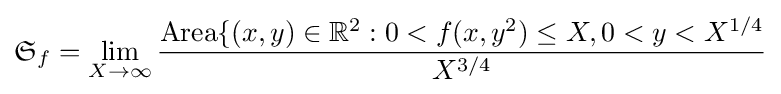
{\mathfrak {S}}_{f}=\lim _{X\rightarrow \infty }{\frac {\operatorname {Area} \{(x,y)\in \mathbb {R} ^{2}:0<f(x,y^{2})\leq X,0<y<X^{1/4}}{X^{3/4}}}